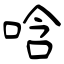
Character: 唅